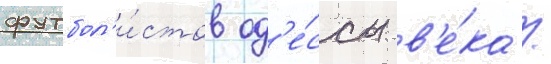
футбол'и́стов од'е́ссы в'е́ка /